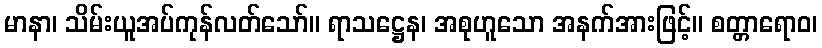
မာနာ၊ သိမ်းယူအပ်ကုန်လတ်သော်။ ရာသဋ္ဌေန၊ အစုဟူသော အနက်အားဖြင့်။ စတ္တာရောဝ၊